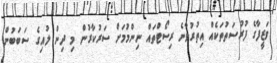
ވަޒީފާގެ ފުރުސަތުތަކެއް އިތުރުވާނެ ރިސޯޓްތައް ނިންމުމަށް ސަރުކާރުން މި ދިން ލުއިގެ ސަބަބުން